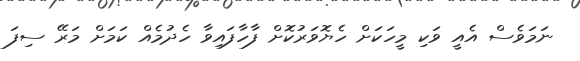
ނަމަވެސް އެއީ ވަކި މީހަކަށް ހެޔޮވަރުކޮށް ފާހާފައިވާ ހެދުމެއް ކަމަށް މަރޭ ސިފަ